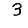
Digit: 3